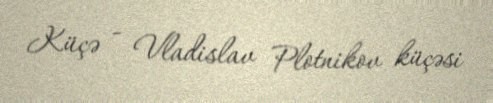
Küçə - Vladislav Plotnikov küçəsi